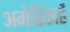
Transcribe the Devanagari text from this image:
अमेरिकाहै